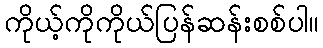
ကိုယ့်ကိုကိုယ်ပြန်ဆန်းစစ်ပါ။